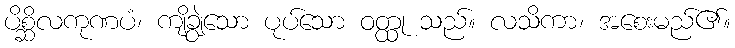
ပိစ္ဆိလကုဏပံ၊ ကျိချွဲသော ပုပ်သော ဝတ္ထု သည်။ လသိကာ၊ အစေးမည်၏။